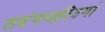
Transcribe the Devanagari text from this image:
तदंगजत्विषां